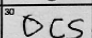
Transcription: OCS